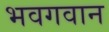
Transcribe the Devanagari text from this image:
भवगवान